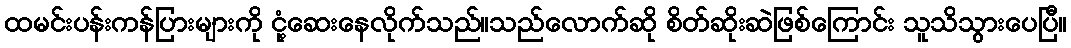
ထမင်းပန်းကန်ပြားများကို ငုံ့ဆေးနေလိုက်သည်။သည်လောက်ဆို စိတ်ဆိုးဆဲဖြစ်ကြောင်း သူသိသွားပေပြီ။